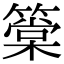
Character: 䉎